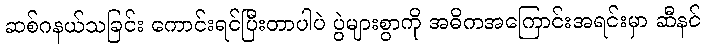
ဆစ်ဂနယ်သခြင်း ကောင်းရင်ပြီးတာပါပဲ ပွဲများစွာကို အဓိကအကြောင်းအရင်းမှာ ဆီနင်